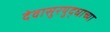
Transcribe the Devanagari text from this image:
देवासुरयुद्धाच्या